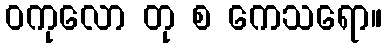
ဝကုလော တု စ ကေသရော။